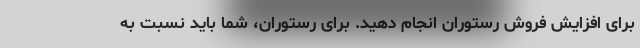
برای افزایش فروش رستوران انجام دهید. برای رستوران، شما باید نسبت به